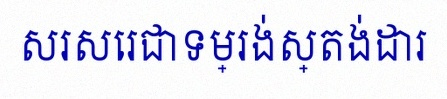
សរសេរជាទម្រង់ស្តង់ដារ